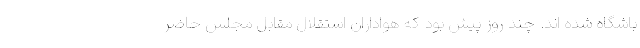
باشگاه شده اند. چند روز پیش بود که هواداران استقلال مقابل مجلس حاضر